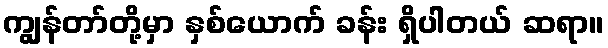
ကျွန်တာ်တို့မှာ နှစ်ယောက် ခန်း ရှိပါတယ် ဆရာ။